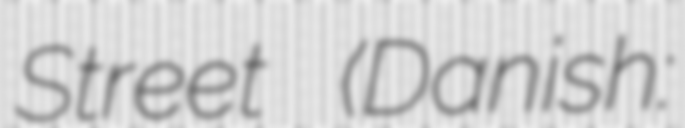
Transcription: Street (Danish: